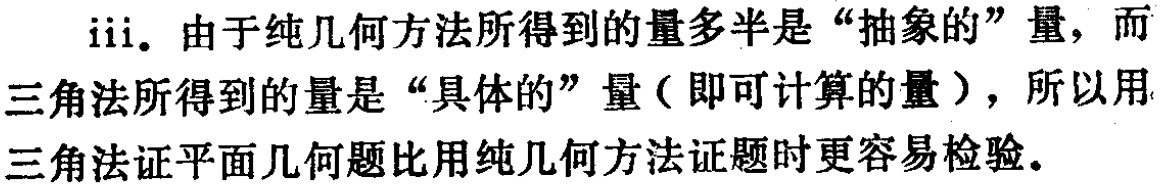
iii. 由于纯几何方法所得到的量多半是“抽象的”量，而三角法所得到的量是“具体的”量（即可计算的量），所以用三角法证平面几何题比用纯几何方法证题时更容易检验。